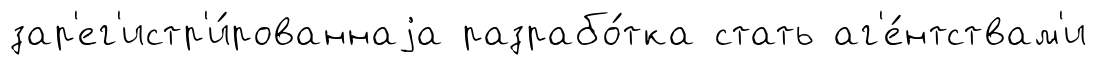
зар'ег'истр'и́рованнаjа разрабо́тка стать аг'е́нтствам'и